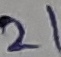
Text: 21